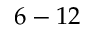
6 - 1 2